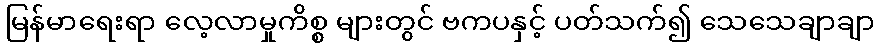
မြန်မာရေးရာ လေ့လာမှုကိစ္စ များတွင် ဗကပနှင့် ပတ်သက်၍ သေသေချာချာ